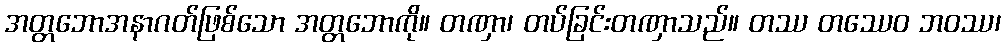
အတ္တဘောအနာဂတ်ဖြစ်သော အတ္တဘောကို။ တဏှာ၊ တပ်ခြင်းတဏှာသည်။ တဿ တဿေဝ ဘဝဿ၊